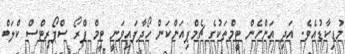
މުޑިކާޑުއެވެ. އަދި އަންހެން ޓީމްތަކުގެ ޗެމްޕިއަންކަން ހޯދާފައިވަނީ ޓީމް ޕްރޯ ސްޕޯރޓްސް ކްލަބް